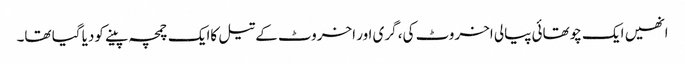
انھیں ایک چوتھائی پیالی اخروٹ کی، گری اور اخروٹ کے تیل کاایک چمچہ پینے کودیا گیا تھا۔